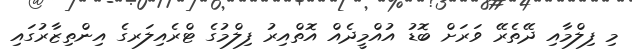
މި ފިލްމާއި ދޭތެރޭ ވަރަށް ބޮޑު އުއްމީދެއް އޮތްއިރު ފިލްމުގެ ޓްރެއިލަރގެ އިންތިޒާރުގައި